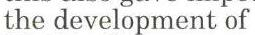
the development of